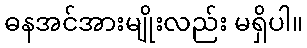
ဓနအင်အားမျိုးလည်း မရှိပါ။